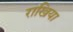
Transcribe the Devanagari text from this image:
राखिया